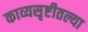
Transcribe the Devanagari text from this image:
काव्यसृष्टीतल्या